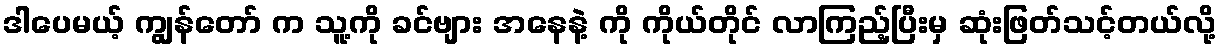
ဒါပေမယ့် ကျွန်တော် က သူ့ကို ခင်ဗျား အနေနဲ့ ကို ကိုယ်တိုင် လာကြည့်ပြီးမှ ဆုံးဖြတ်သင့်တယ်လို့